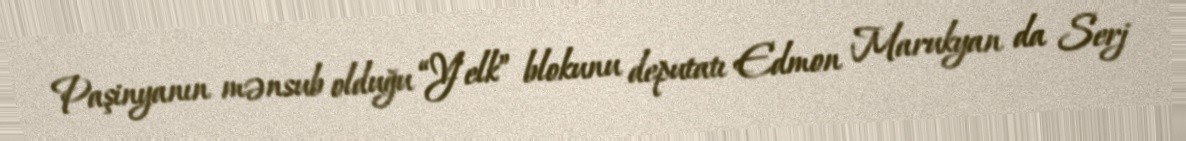
Paşinyanın mənsub olduğu “Yelk” blokunu deputatı Edmon Marukyan da Serj